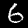
Digit: 6